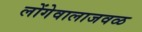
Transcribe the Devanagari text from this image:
लोंगेवालाजवळ